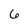
Character: 6